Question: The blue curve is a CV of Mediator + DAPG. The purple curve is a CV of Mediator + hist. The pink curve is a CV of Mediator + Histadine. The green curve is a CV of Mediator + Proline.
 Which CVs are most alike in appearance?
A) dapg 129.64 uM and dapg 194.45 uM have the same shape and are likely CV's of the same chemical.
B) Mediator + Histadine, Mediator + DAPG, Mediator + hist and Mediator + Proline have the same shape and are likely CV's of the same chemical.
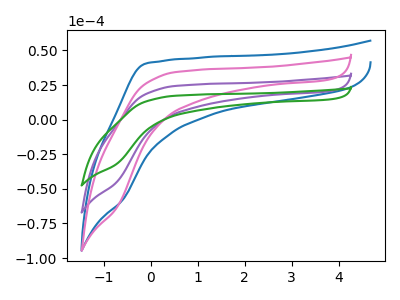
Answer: <think>The blue curve "Mediator + DAPG" has no peaks. The purple curve "Mediator + hist" has no peaks. The pink curve "Mediator + Histadine" has no peaks. The green curve "Mediator + Proline" has no peaks.
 Neither "Mediator + DAPG" or "Mediator + hist" have any peaks. Neither "Mediator + DAPG" or "Mediator + Histadine" have any peaks. Neither "Mediator + DAPG" or "Mediator + Proline" have any peaks. Neither "Mediator + hist" or "Mediator + Histadine" have any peaks. Neither "Mediator + hist" or "Mediator + Proline" have any peaks. Neither "Mediator + Histadine" or "Mediator + Proline" have any peaks.</think>
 <answer>B) "Mediator + Histadine", "Mediator + DAPG", "Mediator + hist" and "Mediator + Proline" have the same shape and are likely CV's of the same chemical.</answer>
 <eval>B</eval>